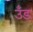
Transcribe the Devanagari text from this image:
उँड